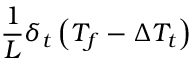
\frac { 1 } { L } \delta _ { t } \left( T _ { f } - \Delta T _ { t } \right)